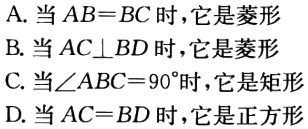
A. 当\(AB = BC\)时，它是菱形

B. 当\(AC\perp BD\)时，它是菱形

C. 当\(\angle ABC = 90^{\circ}\)时，它是矩形

D. 当\(AC = BD\)时，它是正方形